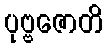
ပုဗ္ဗဇောတိ